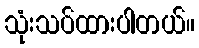
သုံးသပ်ထားပါတယ်။